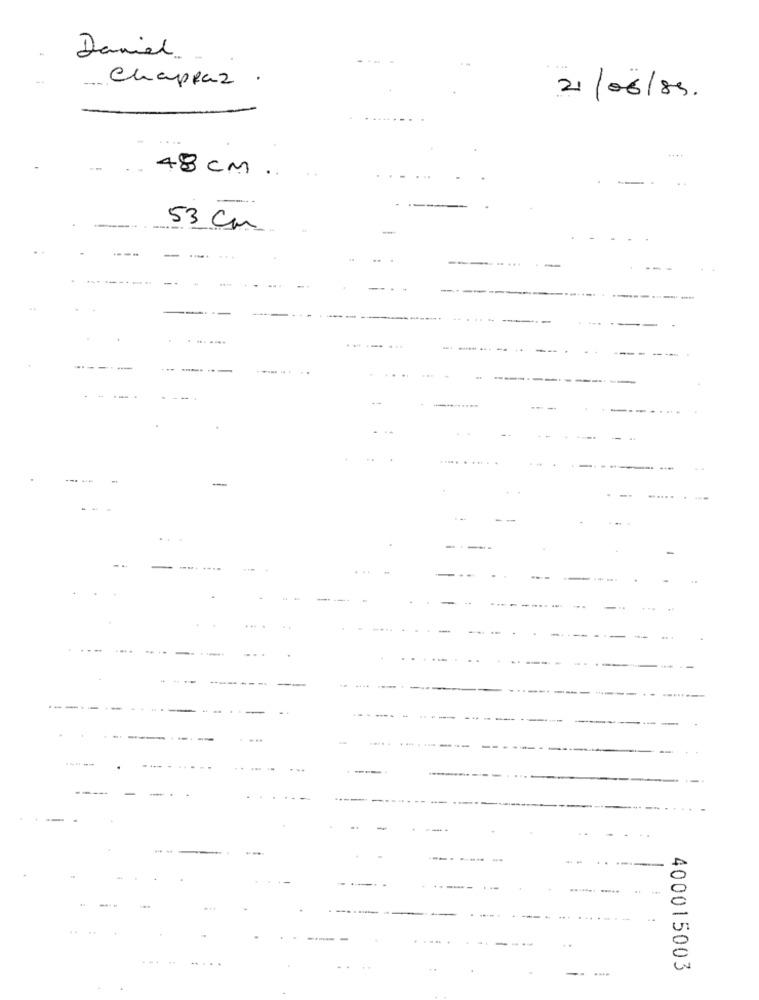
Daniel.
Chappar .
21/06/89.
48 CM.
-.
53 cm
........
-
.-
.......
--. ..
..-
--
.....
..
400015003